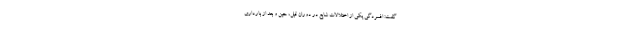
گفت: افسردگی یکی از اختلالات شایع در دوران قبل، حین و بعد از بارداری